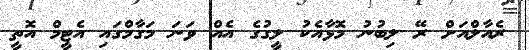
ރެއާލްއަށް ރޭ ލިބުނު މޮޅާއެކު ލީގުގެ އެއް ވަނަ މަގާމްގައި އެޓީމް އޮތީ